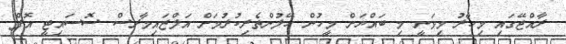
ރާއްޖޭގައި މިހާރު މިވަނީ މި ބައްޔަށް މީހުން ހޭލުންތެރިކުރުމަށް އަލްޒައިމާރސް ސޮސައިޓީ އޮފް